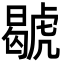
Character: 𧇷